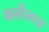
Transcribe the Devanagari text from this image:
कलीलाह